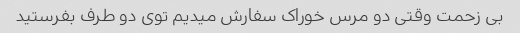
بی زحمت وقتی دو مرس خوراک سفارش میدیم توی دو طرف بفرستید